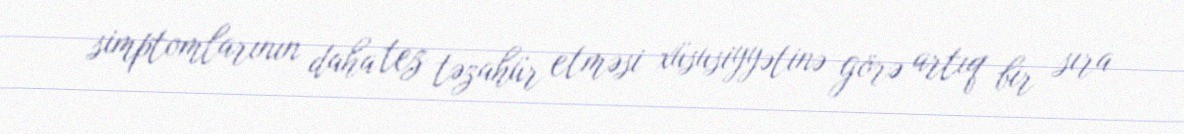
simptomlarının daha tez təzahür etməsi xüsusiyyətinə görə artıq bir sıra